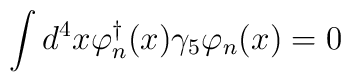
\int d^{4}x \varphi_{n}^{\dagger}(x)\gamma_{5}\varphi_{n} (x)=0